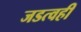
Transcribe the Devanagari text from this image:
जडत्वही